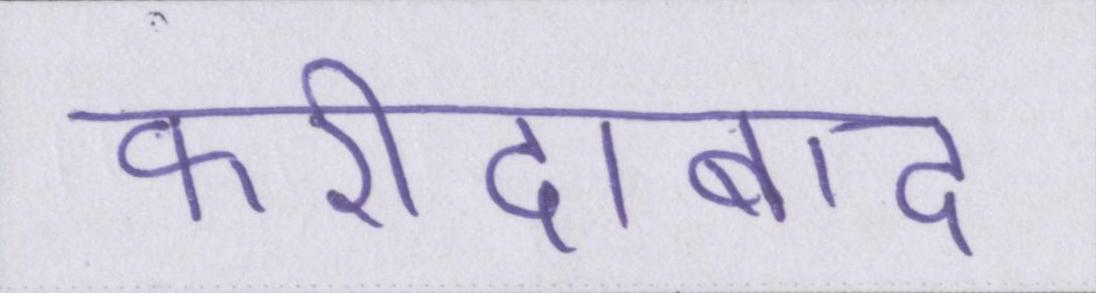
फरीदाबाद